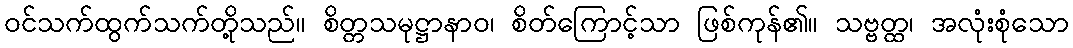
ဝင်သက်ထွက်သက်တို့သည်။ စိတ္တသမုဋ္ဌာနာဝ၊ စိတ်ကြောင့်သာ ဖြစ်ကုန်၏။ သဗ္ဗတ္ထ၊ အလုံးစုံသော